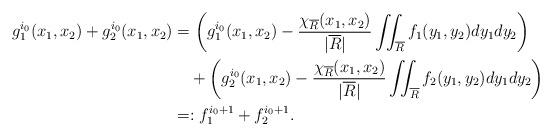
LaTeX: \begin{align*}g_1^{i_0}(x_1,x_2) + g_2^{i_0}(x_1,x_2)&=\bigg(g_1^{i_0}(x_1,x_2) -{\chi_{\overline{R}}(x_1,x_2)\over |\overline{R}|}\iint_{\overline{R}}f_1(y_1,y_2)dy_1dy_2\bigg) \\&\quad+ \bigg( g_2^{i_0}(x_1,x_2) - {\chi_{\overline{R}}(x_1,x_2)\over |\overline{R}|}\iint_{\overline{R}}f_2(y_1,y_2)dy_1dy_2\bigg)\\ &=: f_1^{i_0+1}+f_2^{i_0+1}.\end{align*}